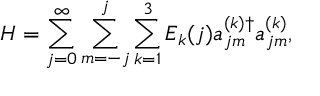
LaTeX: H = \sum _ { j = 0 } ^ { \infty } \sum _ { m = - j } ^ { j } \sum _ { k = 1 } ^ { 3 } E _ { k } ( j ) a _ { j m } ^ { ( k ) \dag } a _ { j m } ^ { ( k ) } ,